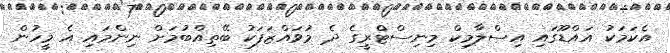
އެކަމަކު އައްޑޫގައި އިސްލާމިކް މިނިސްޓްރީގެ ދެ މުވައްޒަފަކު ބޭތިއްބުމަށް ނިންމައި އެ މީހުން